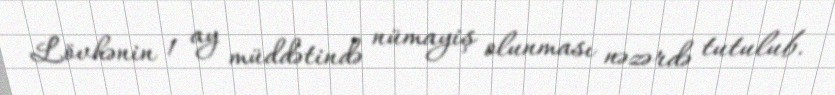
Lövhənin 1 ay müddətində nümayiş olunması nəzərdə tutulub.